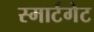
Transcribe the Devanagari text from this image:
स्मार्टगेट